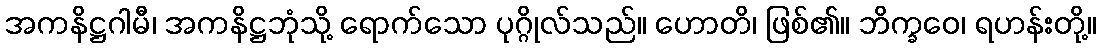
အကနိဋ္ဌဂါမီ၊ အကနိဋ္ဌဘုံသို့ ရောက်သော ပုဂ္ဂိုလ်သည်။ ဟောတိ၊ ဖြစ်၏။ ဘိက္ခဝေ၊ ရဟန်းတို့။